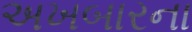
અખબારના